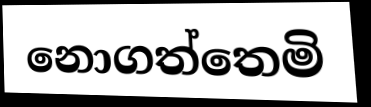
නොගත්තෙමි